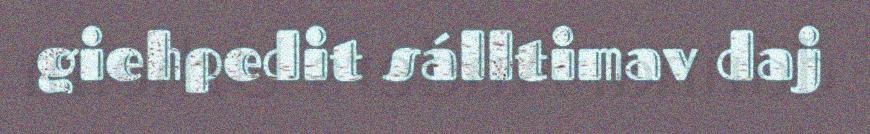
giehpedit sálltimav daj